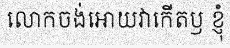
លោកចង់អោយវាកើតឫ ខ្ញុំ